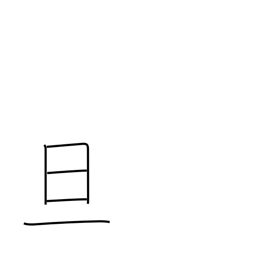
Meaning: dawn